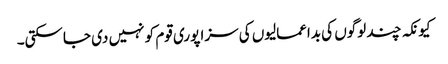
کیونکہ چند لوگوں کی بداعمالیوں کی سزا پوری قوم کو نہیں دی جاسکتی۔